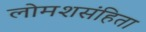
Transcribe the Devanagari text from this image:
लोमशसंहिता